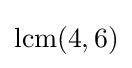
\operatorname {lcm} (4,6)